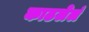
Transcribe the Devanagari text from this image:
काढलेलं